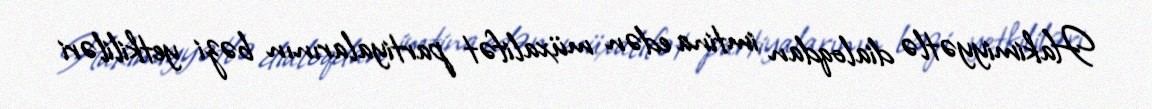
Hakimiyyətlə dialoqdan imtina edən müxalifət partiyalarının bəzi yetkililəri